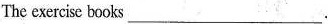
The exercise books ___.